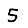
Digit: 5